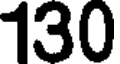
130